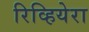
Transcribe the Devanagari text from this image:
रिव्हियेरा